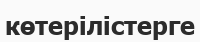
көтерілістерге